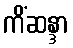
ကိံဆန္ဒာ